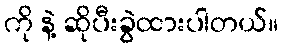
ကို နဲ့ ဆိုပီးခွဲထားပါတယ်။